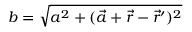
{ b = \sqrt { a ^ { 2 } + ( \vec { a } + \vec { r } - \vec { r } ^ { \prime } ) ^ { 2 } } }